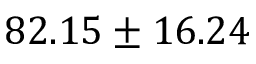
8 2 . 1 5 \pm 1 6 . 2 4